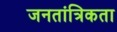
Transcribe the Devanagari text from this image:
जनतांत्रिकता